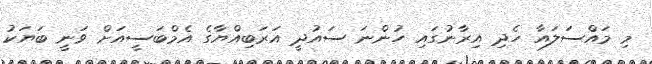
މި މައްސަލައާ ހެދި އިރާނުގައި ހުންނަ ސައުދީ އަރަބިއްޔާގެ އެމްބަސީއަށް ވަނީ ބަޔަކު